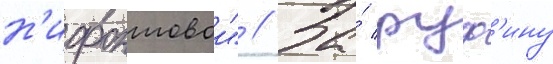
н'ифонтовои" // За́ руф'ину